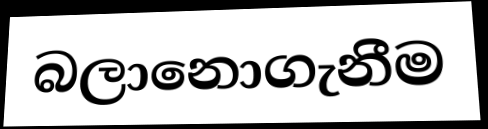
බලානොගැනීම